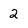
Character: 2